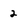
Character: 2